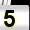
Digit: 5